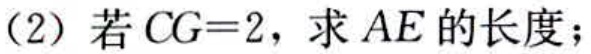
(2) 若 \(CG = 2\)，求 \(AE\) 的长度；